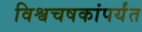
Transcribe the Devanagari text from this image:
विश्वचषकांपर्यंत